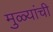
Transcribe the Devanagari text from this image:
मुळ्यांची